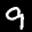
Label: 9